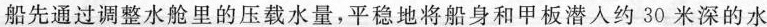
船先通过调整水舱里的压载水量，平稳地将船身和甲板潜入约30米深的水